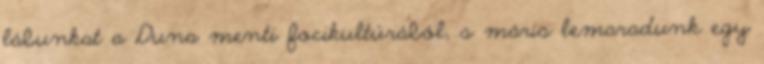
lábunkat a Duna menti focikultúrából, s máris lemaradunk egy